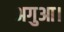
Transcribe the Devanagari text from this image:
अगुआ।